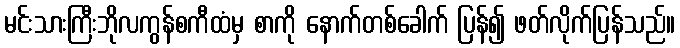
မင်းသားကြီးဘိုလကွန်စကီထံမှ စာကို နောက်တစ်ခေါက် ပြန်၍ ဖတ်လိုက်ပြန်သည်။